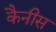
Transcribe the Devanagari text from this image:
कैनीस